Problem: 3 × 9 = ?
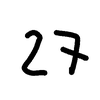
Handwritten answer: 27